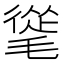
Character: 𣯨